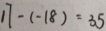
1 7 - ( - 1 8 ) = 3 5